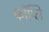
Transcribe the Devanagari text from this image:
कॉप्लि